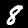
Label: 8